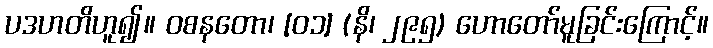
ပဒဟတိဟူ၍။ ဝစနတော၊ [၀၁] (နိ၊ ၂၉၅) ဟောတော်မူခြင်းကြောင့်။